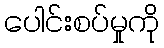
ပေါင်းစပ်မှုကို